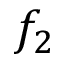
f _ { 2 }